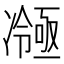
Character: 𭂤